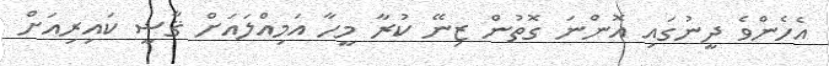
އެހެންވެ ދީނުގައި އޮންނަ ގޮތުން ޒިނޭ ކުރާ މީހާ އަމިއްލައަށް ޤާޟީ ކައިރިއަށް